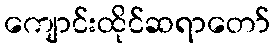
ကျောင်းထိုင်ဆရာတော်